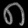
Digit: ၈